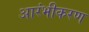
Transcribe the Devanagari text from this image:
आरंभीकरण